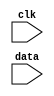
module MOD_NF_NMCV (clk,data);
   input clk;
   input data;
   reg reg_a;
   always@(posedge clk)
   reg_a = data;
endmodule